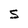
Character: S